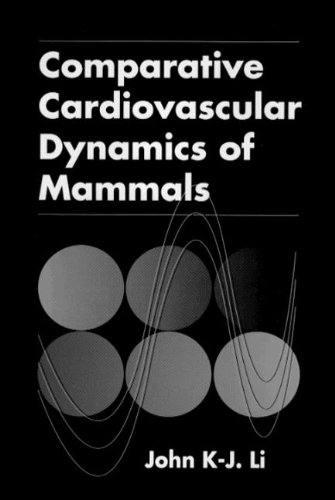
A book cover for Comparative Cardiovascular Dynamics of Mammals; John K-J Li; Medical Books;